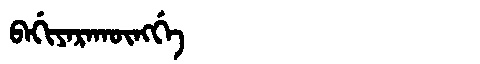
Manchu: ᠪᠠᡤᡳᠶᠠᡵᠠᡴᡡᠩᡤᡝ
Romanization: BAGIYARAKŪNGGE